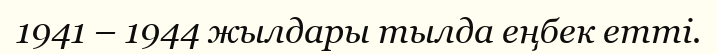
1941 – 1944 жылдары тылда еңбек етті.